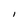
Character: l